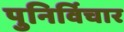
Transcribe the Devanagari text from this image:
पुनिर्विचार